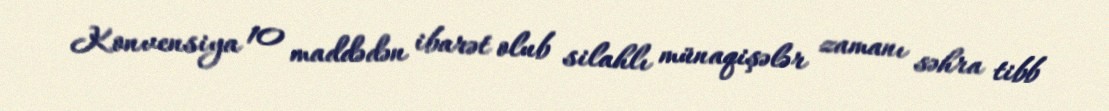
Konvensiya 10 maddədən ibarət olub silahlı münaqişələr zamanı səhra tibb